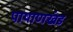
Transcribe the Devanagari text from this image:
पाषाणखंड